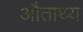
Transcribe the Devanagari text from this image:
औताथ्य